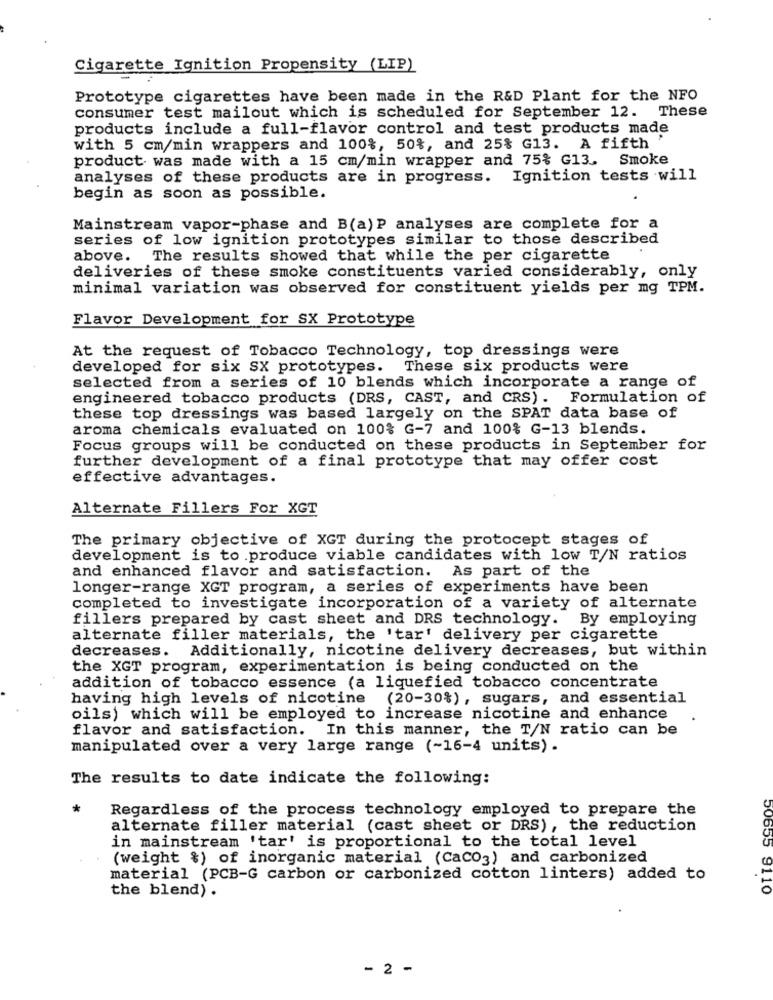
Cigarette Ignition Propensity (LIP)
Prototype cigarettes have been made in the R&D Plant for the NFO
consumer test mailout which is scheduled for September 12. These
products include a full-flavor control and test products made
with 5 cm/min wrappers and 100%, 50%, and 25% G13. A fifth '
product was made with a 15 cm/min wrapper and 75% G13. Smoke
analyses of these products are in progress.
Ignition tests will
begin as soon as possible.
Mainstream vapor-phase and B(a) P analyses are complete for a
series of low ignition prototypes similar to those described
above. The results showed that while the per cigarette
deliveries of these smoke constituents varied considerably, only
minimal variation was observed for constituent yields per mg TPM.
Flavor Development for SX Prototype
At the request of Tobacco Technology, top dressings were
developed for six SX prototypes. These six products were
selected from a series of 10 blends which incorporate a range of
engineered tobacco products (DRS, CAST, and CRS). Formulation of
these top dressings was based largely on the SPAT data base of
aroma chemicals evaluated on 100% G-7 and 100% G-13 blends.
Focus groups will be conducted on these products in September for
further development of a final prototype that may offer cost
effective advantages.
Alternate Fillers For XGT
The primary objective of XGT during the protocept stages of
development is to produce viable candidates with low T/N ratios
and enhanced flavor and satisfaction. As part of the
longer-range XGT program, a series of experiments have been
completed to investigate incorporation of a variety of alternate
fillers prepared by cast sheet and DRS technology. By employing
alternate filler materials, the 'tar' delivery per cigarette
decreases. Additionally, nicotine delivery decreases, but within
the XGT program, experimentation is being conducted on the
addition of tobacco essence (a liquefied tobacco concentrate
having high levels of nicotine (20-30%), sugars, and essential
oils) which will be employed to increase nicotine and enhance
flavor and satisfaction. In this manner, the T/N ratio can be
manipulated over a very large range (~16-4 units) .
The results to date indicate the following:
*
Regardless of the process technology employed to prepare the
alternate filler material (cast sheet or DRS), the reduction
in mainstream 'tar' is proportional to the total level
(weight %) of inorganic material (CaCO3) and carbonized
material (PCB-G carbon or carbonized cotton linters) added to
50555 9110
the blend) .
- 2 -